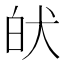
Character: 𤝡